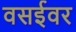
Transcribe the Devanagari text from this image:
वसईवर